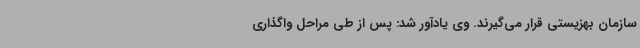
سازمان بهزیستی قرار می‌گیرند. وی یادآور شد: پس از طی مراحل واگذاری